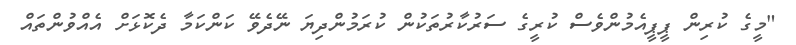
"މީގެ ކުރިން ޕީޕީއެމުންވެސް ކުރީގެ ސަރުކާރުތަކުން ކުރަމުންދިޔަ ނޭދެވޭ ކަންކަމާ ދެކޮޅަށް އެއްވުންތައް